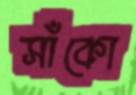
সাঁকো